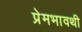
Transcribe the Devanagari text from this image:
प्रेमभावथी